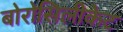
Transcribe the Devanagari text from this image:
बोरोसिलीकेट